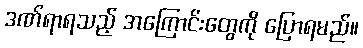
ဒဏ်ရာရသည့် အကြောင်းတွေကို ပြောရမည်။